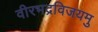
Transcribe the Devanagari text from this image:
वीरभद्रविजयमु